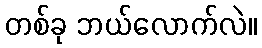
တစ်ခု ဘယ်လောက်လဲ။